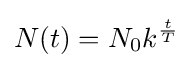
N(t)=N_{0}k^{\frac {t}{T}}